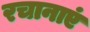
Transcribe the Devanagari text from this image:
रचानाएं